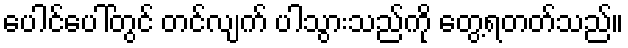
ပေါင်ပေါ်တွင် တင်လျက် ပါသွားသည်ကို တွေ့ရတတ်သည်။